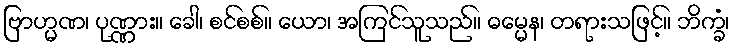
ဗြာဟ္မဏ၊ ပုဏ္ဏား။ ခေါ၊ စင်စစ်။ ယော၊ အကြင်သူသည်။ ဓမ္မေန၊ တရားသဖြင့်။ ဘိက္ခံ၊